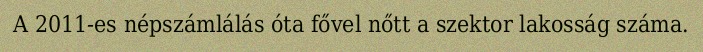
A 2011-es népszámlálás óta fővel nőtt a szektor lakosság száma.